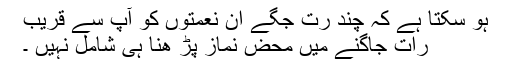
ہو سکتا ہے کہ چند رت جگے ان نعمتوں کو آپ سے قریب
رات جاگنے میں محض نماز پڑ ھنا ہی شامل نہیں ۔